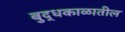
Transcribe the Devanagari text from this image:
बुद्धकाळातील